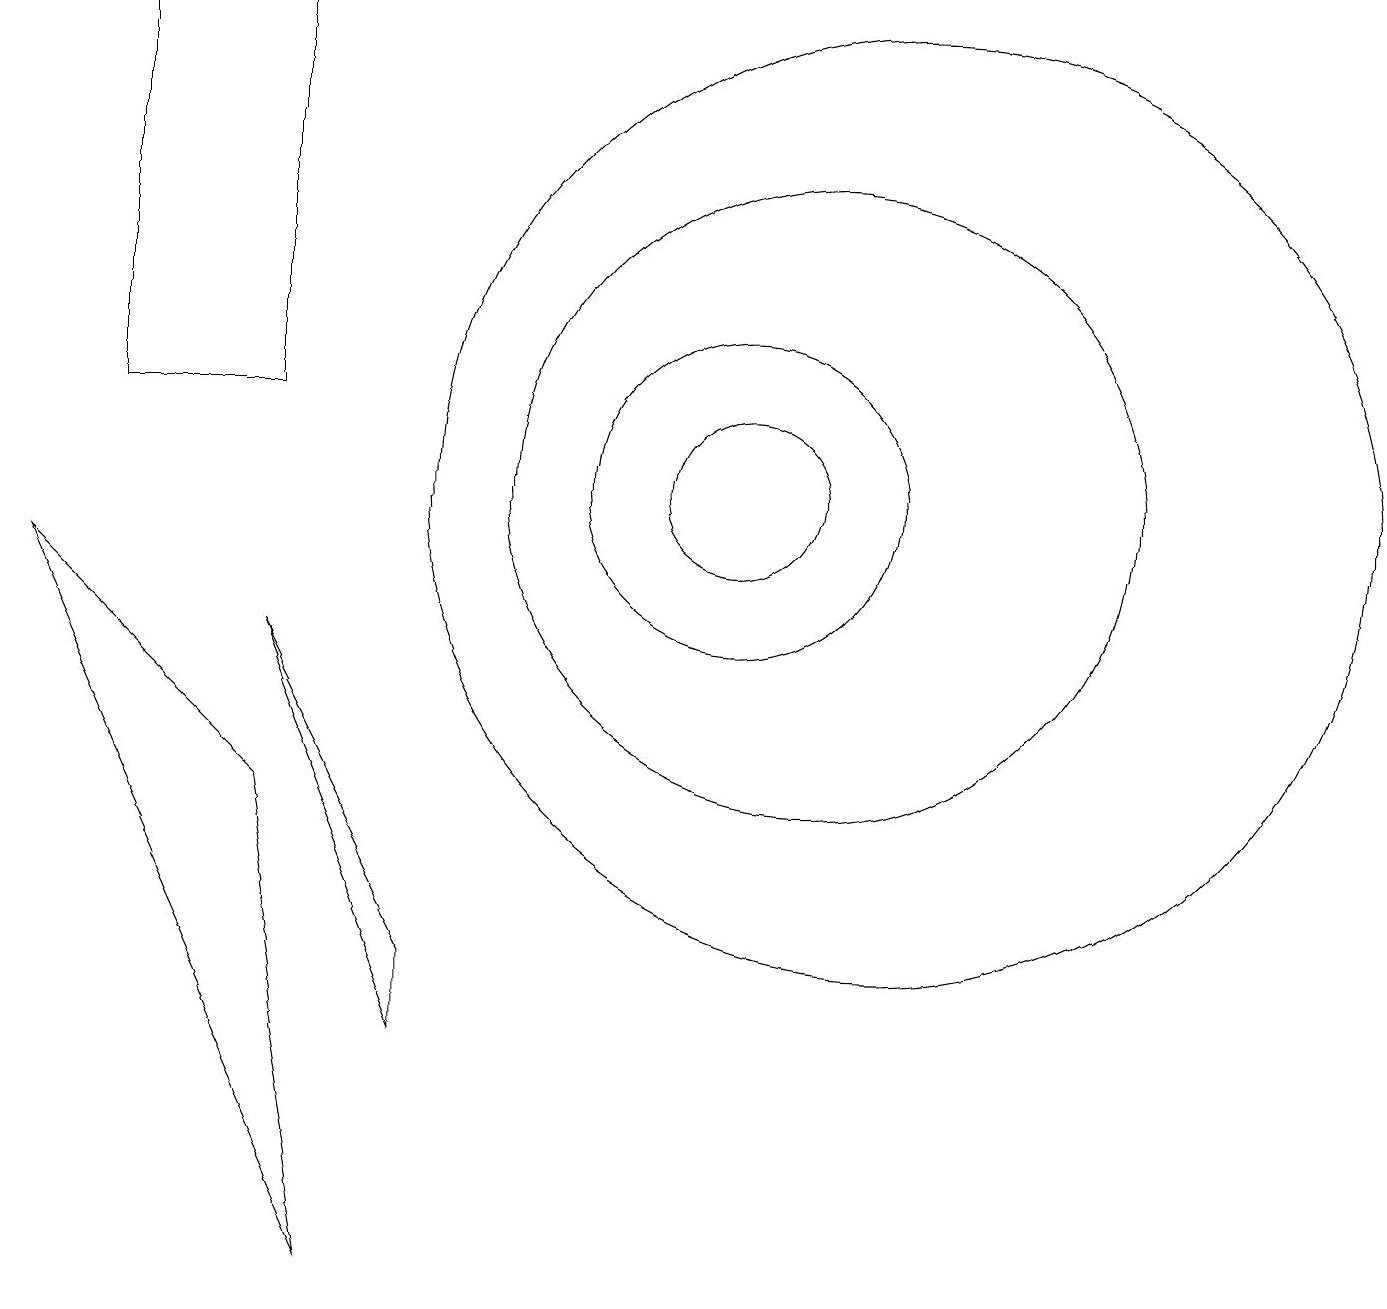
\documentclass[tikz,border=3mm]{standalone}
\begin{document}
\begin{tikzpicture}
\draw (12,10) circle (6);
\draw (10,10) circle (1);
\draw (4,8) -- (6,4) -- (6,3) -- cycle;
\draw (2,11) rectangle (4,16);
\draw (11,10) circle (4);
\draw (10,10) circle (2);
\draw (1,9) -- (5,0) -- (4,6) -- cycle;
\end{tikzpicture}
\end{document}